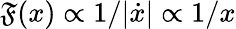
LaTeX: \mathfrak{F}(x)\propto1/|\dot{{x}}|\propto1/x